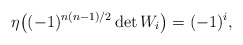
\begin{align*} \eta\bigl((-1)^{n(n-1)/2}\det W_i\bigr) = (-1)^i ,\end{align*}